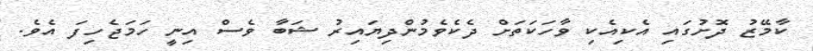
ކާމޭޒު ދޮށުގައި އެކިއެކި ވާހަކަތަށް ދެކެވެމުންދިޔައިރު ޝަބާ ވެސް އިނީ ހަމަޖެހިފަ އެވެ.